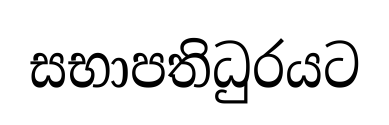
සභාපතිධුරයට